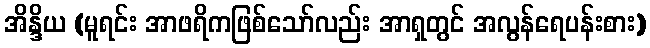
အိန္ဒိယ (မူရင်း အာဖရိကဖြစ်သော်လည်း အာရှတွင် အလွန်ရေပန်းစား)